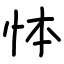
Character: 㤓